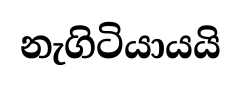
නැගිටියායයි